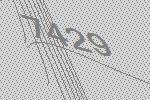
7429